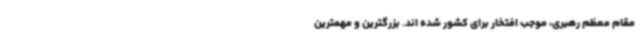
مقام معظم رهبری، موجب افتخار برای کشور شده اند. بزرگترین و مهمترین